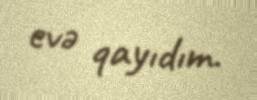
evə qayıdım.